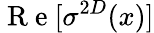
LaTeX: \mathrm{~R~e~}[\sigma^{2D}(x)]